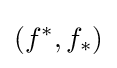
(f^{*},f_{*})